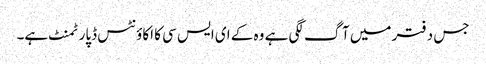
جس دفتر میں آگ لگی ہے وہ کے ای ایس سی کا اکاوٴنٹس ڈپارٹمنٹ ہے۔